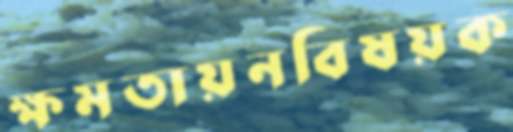
ক্ষমতায়নবিষয়ক